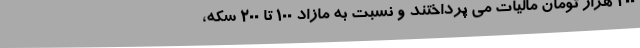
۲۰۰ هزار تومان مالیات می پرداختند و نسبت به مازاد ۱۰۰ تا ۲۰۰ سکه،